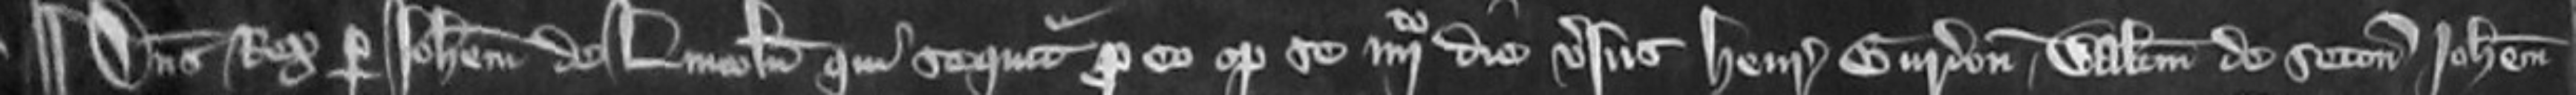
¶ Dominus Rex per Johannem de Lincoln qui sequitur pro eo optulit se quarto die versus Henricus Gurdon Walterum de Seton Johannem